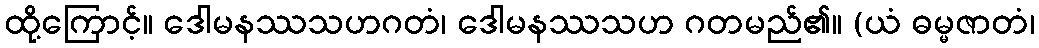
ထို့ကြောင့်။ ဒေါမနဿသဟဂတံ၊ ဒေါမနဿသဟ ဂတမည်၏။ (ယံ ဓမ္မဇာတံ၊